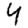
Digit: 4